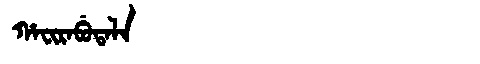
Manchu: ᡥᠠᠸᡳᡵᠠᠪᡠᡨᠠᠯᠠ
Romanization: HAFIRABUTALA